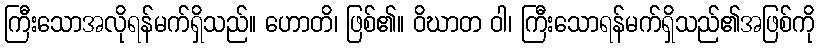
ကြီးသောအလိုရန်မက်ရှိသည်။ ဟောတိ၊ ဖြစ်၏။ ဝိဃာတ ဝါ၊ ကြီးသောရန်မက်ရှိသည်၏အဖြစ်ကို